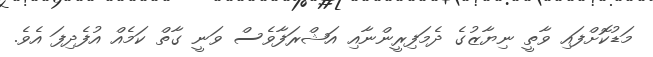
މަޑުކޮށްފައި ވާތީ ނިޔާޒުގެ ދެމަފިރީންނާއި އަޝްރަފާވެސް ވަނީ ގާތް ކަމެއް އުފެދިފަ އެވެ.